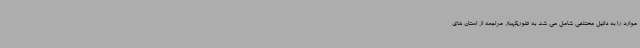
موارد را به دلایل مختلفی شامل می شد به طوریکهبار مراجعه از استان های